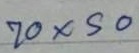
70x50